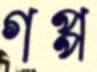
গপ্প